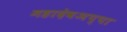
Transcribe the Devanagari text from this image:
महादेवअप्पा